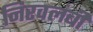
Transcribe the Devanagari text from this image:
निरवलंबी